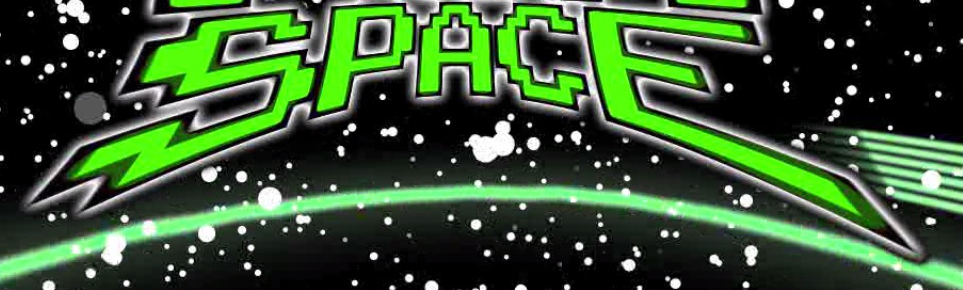
SPACE